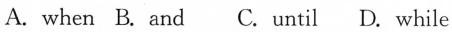
A. when B. and C. Until D. while